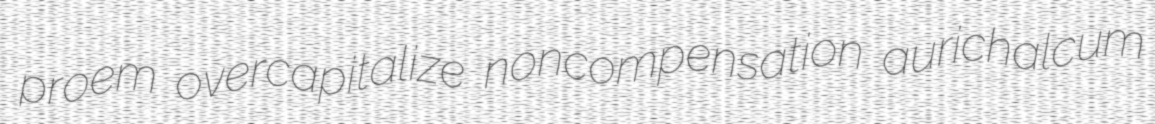
proem overcapitalize noncompensation aurichalcum